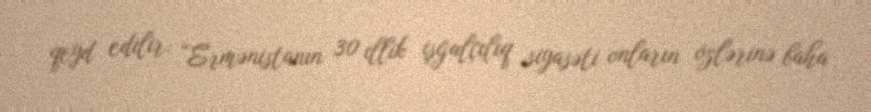
qeyd edilir: “Ermənistanın 30 illik işğalçılıq siyasəti onların özlərinə baha